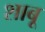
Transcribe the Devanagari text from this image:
शाबू